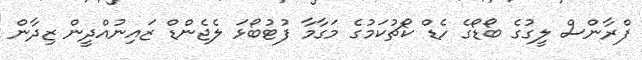
ފްރާންސް ލީގުގެ ބޯޑޯގެ ހެޑް ކޯޗުކަމުގެ މަގާމާ ފުޓުބޯޅަ ލެޖެންޑް ޒައިނުއްދީން ޒިދާން